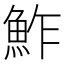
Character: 鮓